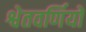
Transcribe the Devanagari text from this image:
श्वेतवर्णियों